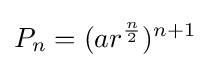
P_{n}=(ar^{\frac {n}{2}})^{n+1}